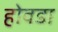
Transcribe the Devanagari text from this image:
होवडा